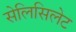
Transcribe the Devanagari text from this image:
सेलिसिलेट